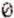
0